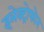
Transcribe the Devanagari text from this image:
इलेक्ट्रोफोन